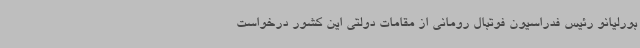
بورلیانو رئیس فدراسیون فوتبال رومانی از مقامات دولتی این کشور درخواست